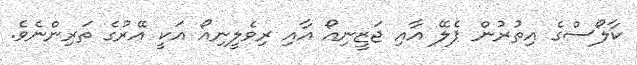
ކާލޯސްގެ އިތުރުން ޕެލޭ އާއި ޖަޒީނިއޯ އާއި ރިވެލީނިއޯ އަކީ އޭރުގެ ތަރިންނެވެ.